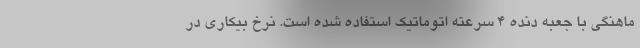
ماهنگی با جعبه دنده 4 سرعته اتوماتیک استفاده شده است. نرخ بیکاری در